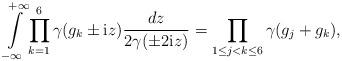
LaTeX: \begin{align*} \int\limits^{+\infty}_{-\infty} \prod_{k = 1}^{6} \gamma(g_k \pm \textup{i} z) \frac{d z}{2\gamma(\pm 2 \textup{i} z)}= \prod_{1 \leq j < k \leq 6}\gamma(g_j + g_k),\end{align*}